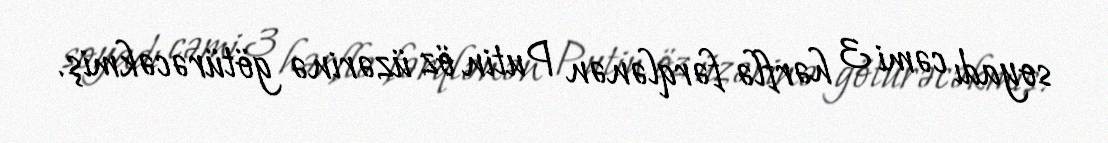
soyadı cəmi 3 hərflə fərqlənən Putin öz üzərinə götürəcəkmiş.